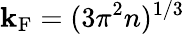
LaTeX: \mathbf{k}_{\mathrm{{F}}}=(3\pi^{2}n)^{1/3}